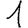
Digit: 1